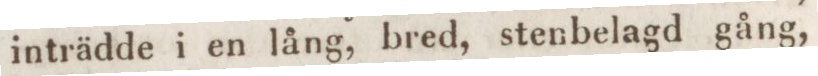
inträdde i en lång, bred, stenbelagd gång,